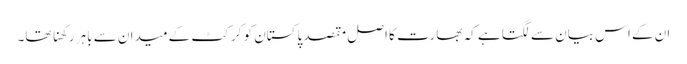
ان کے اس بیان سے لگتا ہے کہ بھارت کا اصل مقصد پاکستان کو کرکٹ کے میدان سے باہر رکھنا تھا۔